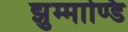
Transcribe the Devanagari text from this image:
झुम्माण्डि